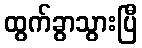
ထွက်ခွာသွားပြီ